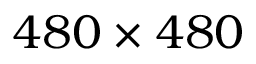
4 8 0 \times 4 8 0